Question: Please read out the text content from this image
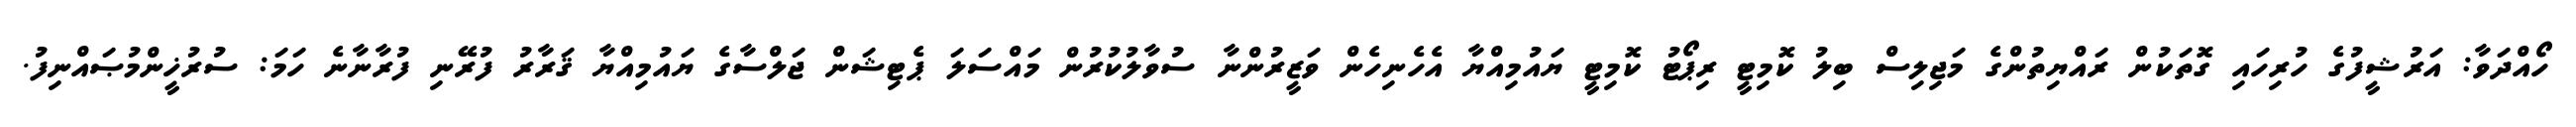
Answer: ހޯއްދަވާ: އަރުޝީފުގެ ހުރިހައި ގޮތަކުން ރައްޔިތުންގެ މަޖިލިސް ބިލު ކޮމިޓީ ރިޕޯޓު ކޮމިޓީ ޔައުމިއްޔާ އެހެނިހެން ވަޒީރުންނާ ސުވާލުކުރުން މައްސަލަ ޕެޓިޝަން ޖަލްސާގެ ޔައުމިއްޔާ ޤަރާރު ފުރޭނި ފުރާނާނެ ހަމަ: ސުރުޚީންމުޞައްނިފު.